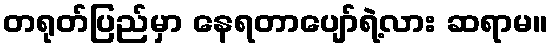
တရုတ်ပြည်မှာ နေရတာပျော်ရဲ့လား ဆရာမ။